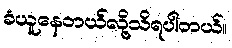
ခံယူနေတယ်လို့သိရပါတယ်။